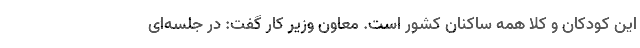
این کودکان و کلا همه ساکنان کشور است. معاون وزیر کار گفت: در جلسه‌ای